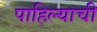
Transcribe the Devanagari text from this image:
पाहिल्याची